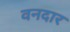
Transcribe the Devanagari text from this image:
वनदार